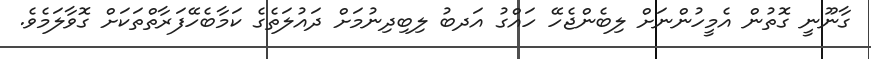
ގާނޫނީ ގޮތުން އެމީހުންނަށް ލިބެންޖެހޭ ހައްގު އަދބު ލިބިދިނުމަށް ދައުލަތެގެ ކަމާބެހޭފަރާތްތަކަށް ގޮވާލަމެވެ.